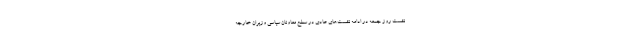
نشست روز جمعه در ادامه نشست‌های عادی در سطح معاونان سیاسی وزیران خارجه